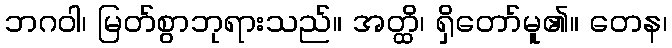
ဘဂဝါ၊ မြတ်စွာဘုရားသည်။ အတ္ထိ၊ ရှိတော်မူ၏။ တေန၊